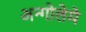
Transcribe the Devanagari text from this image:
अन्गोलेमे